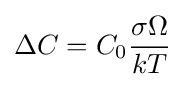
\Delta C=C_{0}{\frac {\sigma \Omega }{kT}}